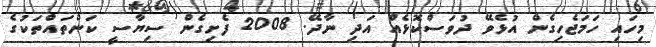
މިހައި ހަމަޖެހިގެން އުޅެވޭ ދުވަސްކޮޅެއް އަދި ނާދޭ. 2008 ފެށިގެން ސިޔާސީ ކަންތައްތަކުގެ